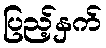
ပြည့်နှက်